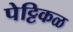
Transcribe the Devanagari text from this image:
पेट्टिकळ